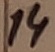
Text: 14